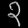
Digit: ၃